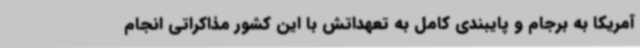
آمریکا به برجام و پایبندی کامل به تعهداتش با این کشور مذاکراتی انجام